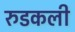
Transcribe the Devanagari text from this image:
रुडकली